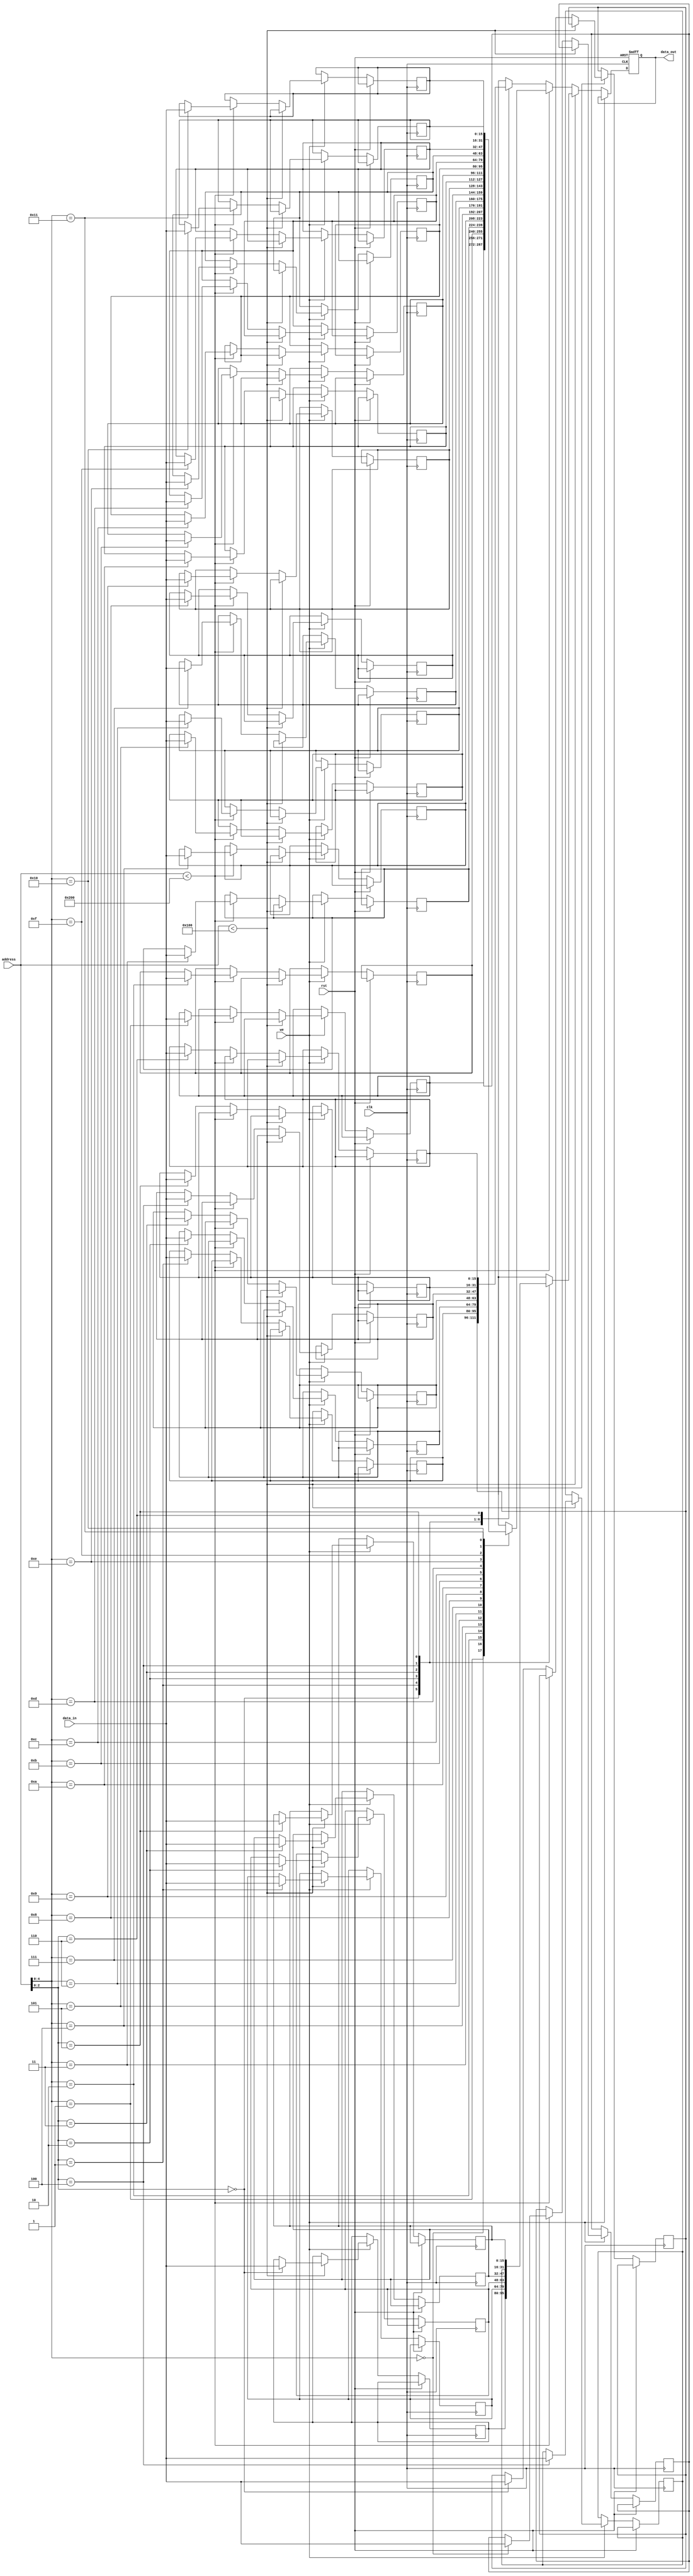
module MMU (
    input wire clk,
    input wire rst,
    input wire [15:0] address,
    input wire we,
    input wire [15:0] data_in,
    output reg [15:0] data_out
);

    // Declare memories for data, weights, and biases
    reg [15:0] neuron_data_memory [0:5];
    reg [15:0] weights_memory [0:17];
    reg [15:0] biases_memory [0:6];

    // Memory management logic
    always @(posedge clk or posedge rst) begin
        if (rst) begin
            data_out <= 16'h0;
        end else if (we) begin
            if (address < 16'h0100) begin
                neuron_data_memory[address[3:0]] <= data_in;
            end else if (address < 16'h0200) begin
                weights_memory[address[4:0]] <= data_in;
            end else begin
                biases_memory[address[2:0]] <= data_in;
            end
        end else begin
            if (address < 16'h0100) begin
                data_out <= neuron_data_memory[address[3:0]];
            end else if (address < 16'h0200) begin
                data_out <= weights_memory[address[4:0]];
            end else begin
                data_out <= biases_memory[address[2:0]];
            end
        end
    end
endmodule